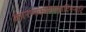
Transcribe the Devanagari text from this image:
कारणकारणमादिमनादिं